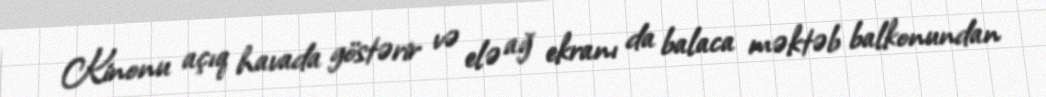
Kinonu açıq havada göstərir və elə ağ ekranı da balaca məktəb balkonundan